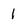
Character: 1